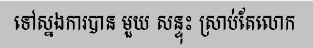
ទៅស្នងការបាន មួយ សន្ទុះ ស្រាប់តែលោក